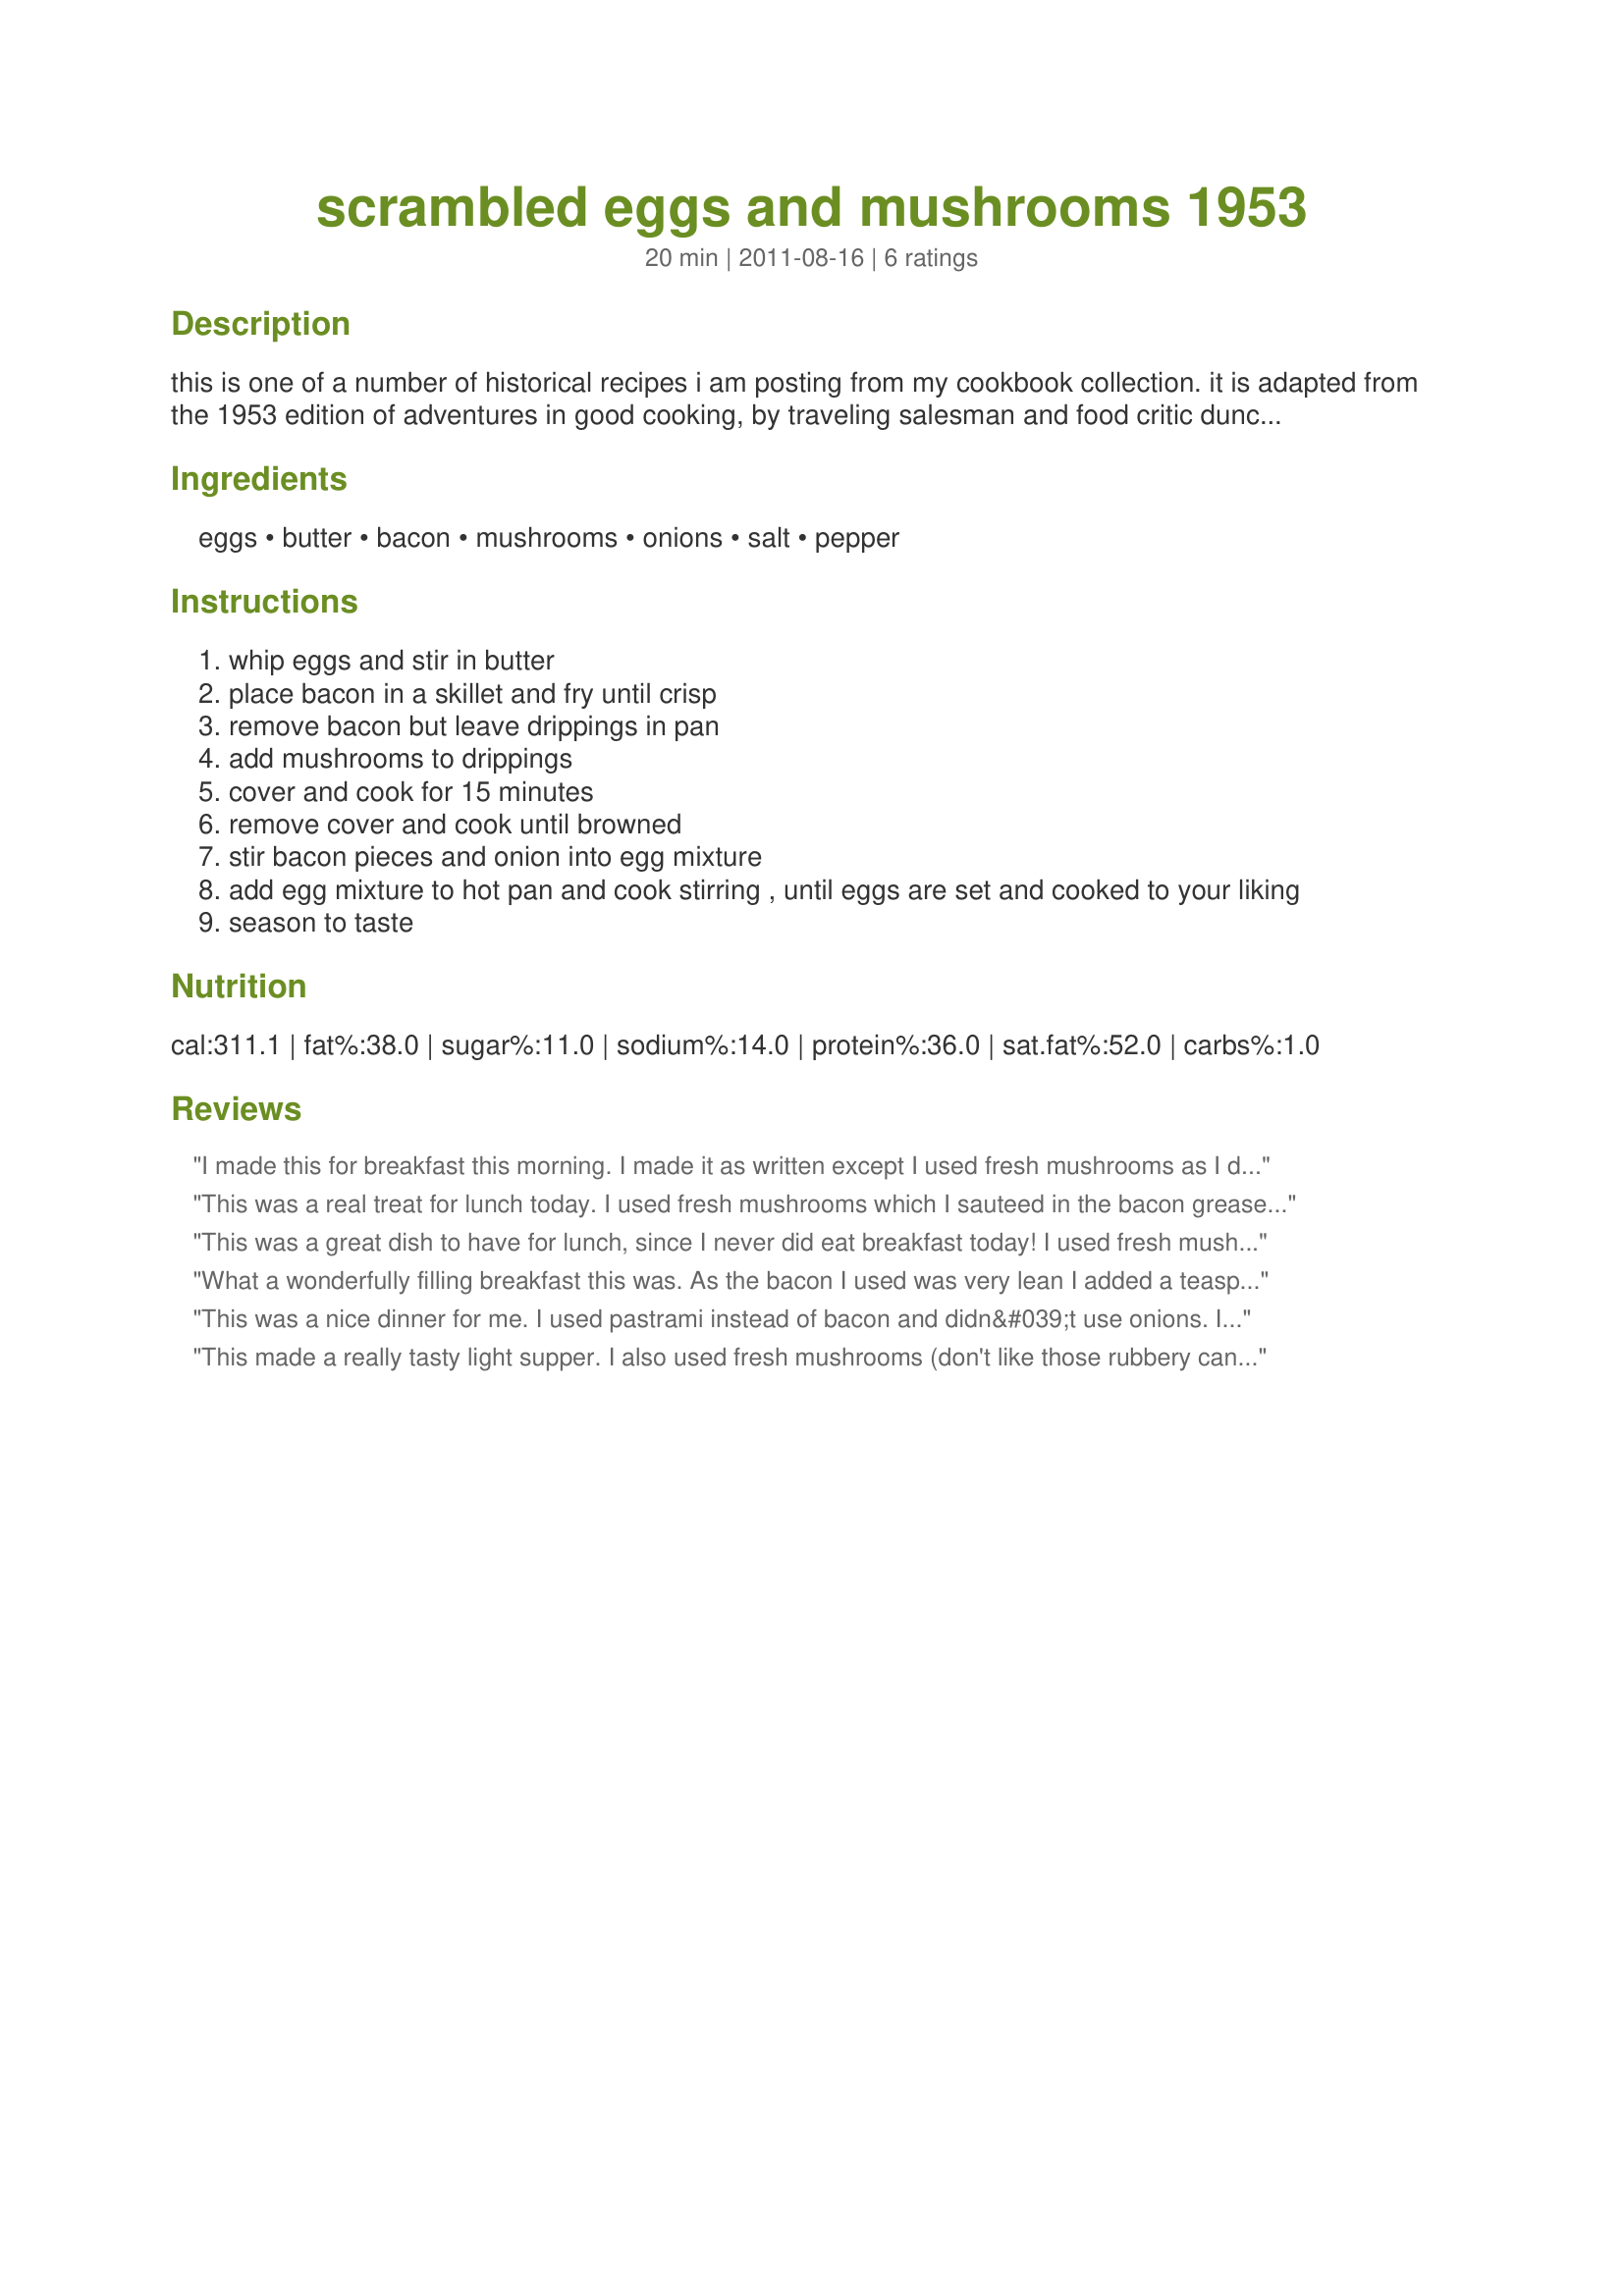
scrambled eggs and mushrooms 1953
Preparation time: 20 minutes

this is one of a number of historical recipes i am posting from my cookbook collection. it is adapted from the 1953 edition of adventures in good cooking, by traveling salesman and food critic duncan hines, and featuring recipes collected from around the usa. this recipe is from al carder's restaurant in chicago illinois.

Ingredients:
eggs, butter, bacon, mushrooms, onions, salt, pepper

Steps:
whip eggs and stir in butter
place bacon in a skillet and fry until crisp
remove bacon but leave drippings in pan
add mushrooms to drippings
cover and cook for 15 minutes
remove cover and cook until browned
stir bacon pieces and onion into egg mixture
add egg mixture to hot pan and cook stirring , until eggs are set and cooked to your liking
season to taste

Reviews:
I made this for breakfast this morning. I made it as written except I used fresh mushrooms as I don't buy canned. Super tasting eggs! Thanks for sharing. Made for PAC Fall 2011.
This was a real treat for lunch today. I used fresh mushrooms which I sauteed in the bacon grease along with the onions. I also added about an 1/8 cup of milk to make it a little fluffier. Instead of scramble I made an omelet. Made for I recommend Tag Game.
This was a great dish to have for lunch, since I never did eat breakfast today! I used fresh mushrooms, weighing 4 ounces. I'm wondering if the recipe is supposed to include fresh mushrooms because you cook them for so long? I also used 1 egg and the rest was egg substitute. Just a little bit of salt and pepper at the end and it hit the spot. Made for Everyday's a Holiday tag game. Thanks Chocolatl! :)
What a wonderfully filling breakfast this was. As the bacon I used was very lean I added a teaspoon of butter to fry of sliced fresh button portabello mushrooms along with a small shallot finely sliced before adding the cooked bacon and egg mix and served with a sliced of buttered wholemeal/wholegrain toast. Thank you Chocolat!, made for 123 Hits.
This was a nice dinner for me. I used pastrami instead of bacon and didn&#039;t use onions. It was fine and fulfilling. I liked it and I would do it again.
This made a really tasty light supper. I also used fresh mushrooms (don't like those rubbery canned ones). Made for Best of 2012 Game.
